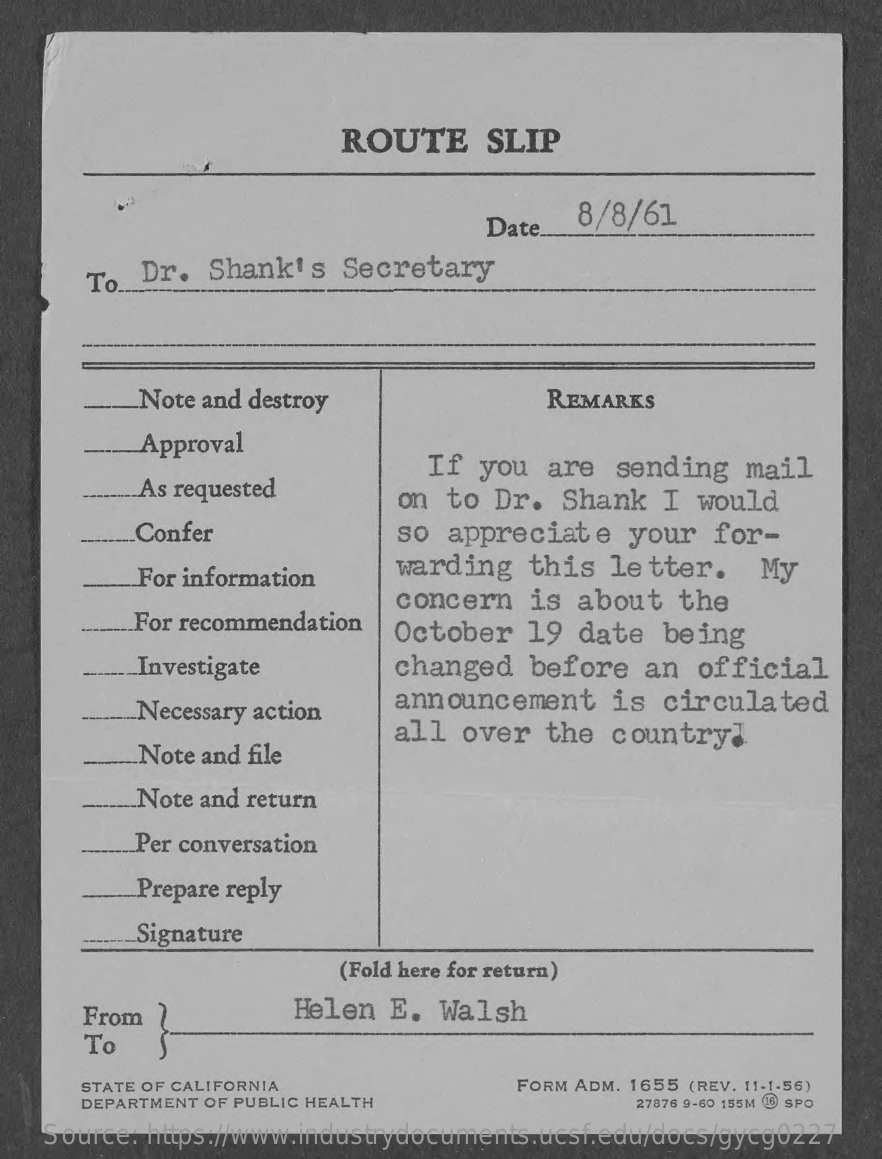
ROUTE    SLIP
     Date   8/8/61
     To  Dr.  Shank's   Secretary
     Note and destroy    REMARKS
     Approval
     As requested
     If  you  are  sending  mail
     on to  Dr.  Shank  I  would
     Confer    so appreciate    your  for-
     For information    warding  this  letter.    My
     For recommendation
     concern   is about   the
     October   19  date  being
     Investigate    changed   before  an  official
     Necessary action    announcement    is circulated
     Note and file
     all over   the country]
     Note and return
     Per conversation
     Prepare reply
     Signature
     (Fold here for return)
     From    Helen  E.  Walsh
     To
     STATE OF CALIFORNIA    FORM ADM. 1655 (REV. 11-1-56)
     DEPARTMENT OF PUBLIC HEALTH    27876 9-60 155M 16 SPO
    Source: https://www.industrydocuments.ucsf.edu/docs/gycg0227